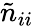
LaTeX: \tilde{n}_{ii}